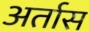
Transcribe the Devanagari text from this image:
अर्तास